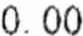
0.00